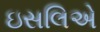
ઇસલિએ